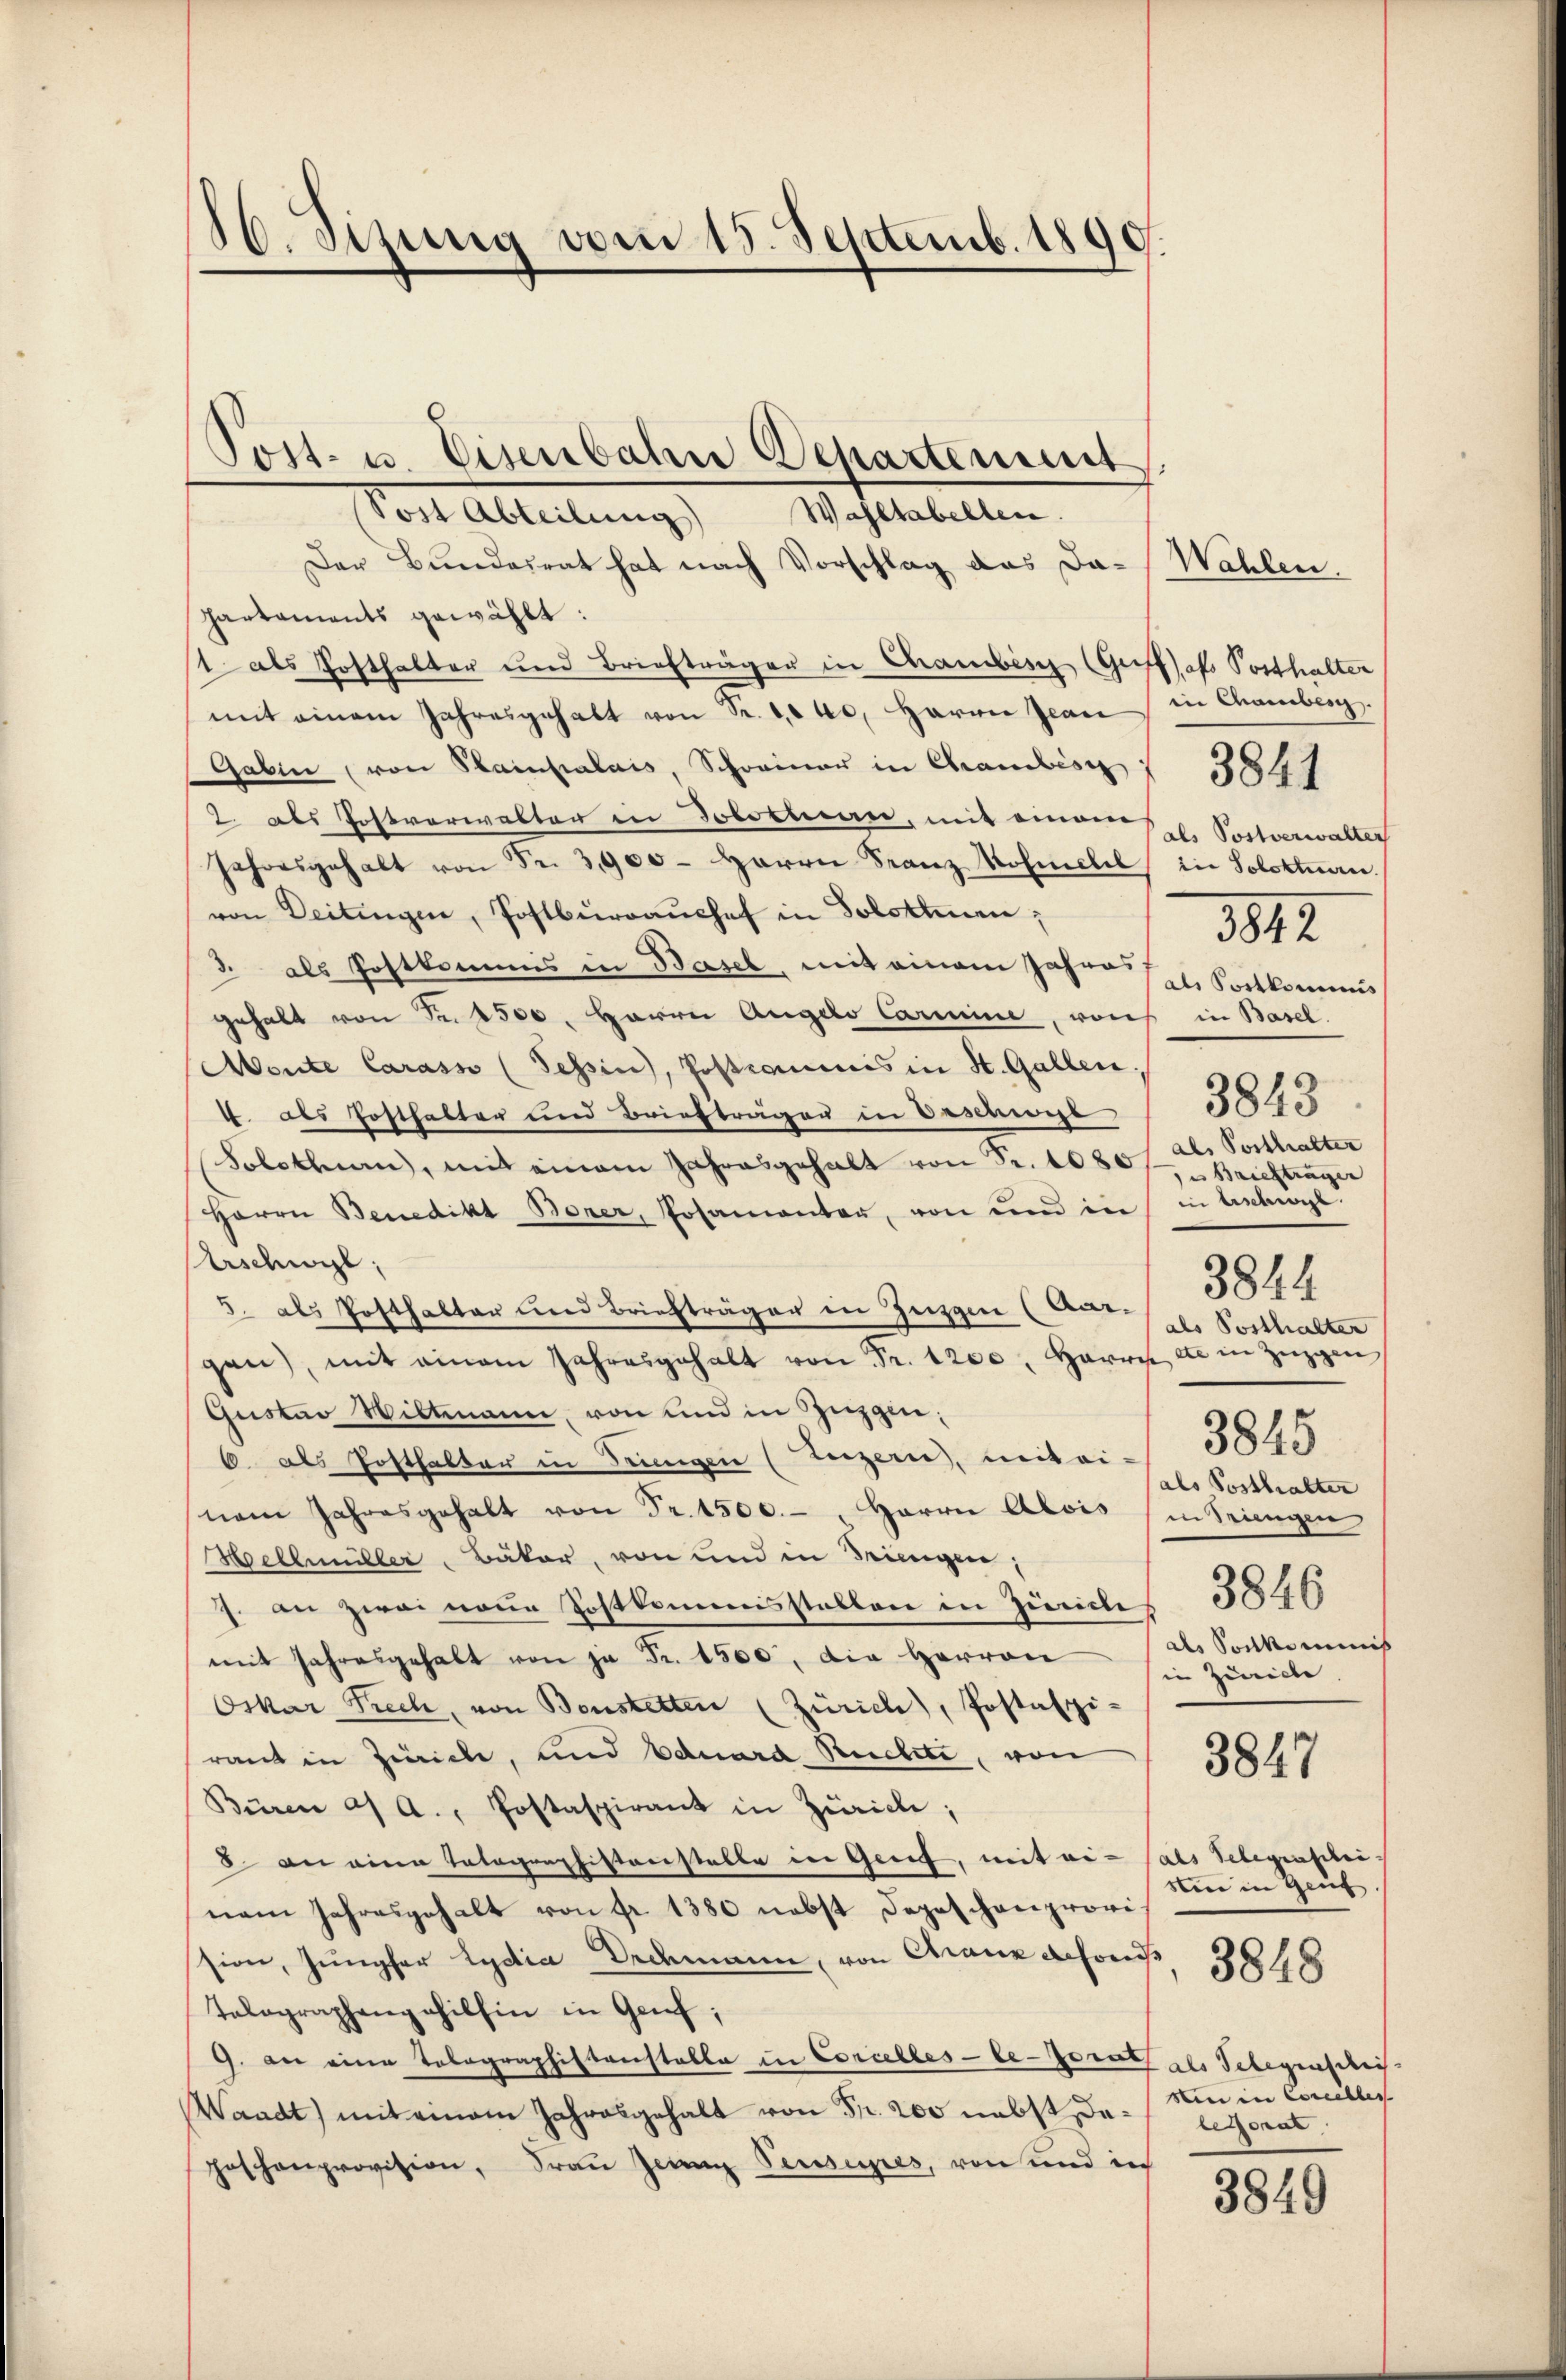
80. Stung vom 15. Septemb. 1890.

Post- u. Eisenbahn Departement

Wahltabellen.
Post Abteilung
Der Bundesrat hat nach Vorschlag das Da-Wahlen.
partaments gewählt:
t als Posthalter und Briefträger in Chambisch (Griffsofs Posthalter
mit einem Jahresgehalt von Sr. 1040. Harrer Jean in Chamberg.
Gaben (von Stainpalais, Schreiner in Chrambisz 3841
2. als Postverwalter in Solothurn, mit einem Hr. Postverwalter
Jahresgehalt von Fr. 3,900 - Herrn Franz ohnell in Solotten.
von Deitungen, Postbüraŭchef in Solotten;
3 als Postkommis in Basel, mit einem Jahres
gehalt von Fr. 2500. Herrn Angelo Carmine, von in Basel
Monte Carass (Tessin, Jostromenis in St. Gallen.
1. als Posthalter und Briefträgen in Descenge
Solothur, mit einem Jahresgehalt von Fr. 10201 Al. Posthalter
Herrn Benedikt Borer, Posamanten, von und in
Aschwil
3. als Posthalter und Briefträger in Zuzgen (Aur-
gen), mit einem Jahresgehalt von Fr. 1200, Harre ce in Zügen
Gustav Wiltmann, von und in Zügen:
6. als Posthalter in Seinigen (Luzern, mit ei-
nem Jahresgehalt von Fr. 1500. - " Herrn Alois (in Singen
Hellmüller Bäker, von und in Bringen,
7. an zwei neue Zostkommisstellen in Züriches 5048
mit Jahresgehalt von je Fr. 1500, die Herren
Oskar Prech, von Bonstetten (Zürich), Postaspi-
raut in Zürich, und Eduard Rechte, von
Büren a. a., Postaspirant in Zürich;
8 an eine Totographistenstelle in Genf, mit ei- als Telegensteinem Jahresgehalt von fr. 1380 nebst Depeschenprovi-
sion, Jungfer Lydia Drdmann, von Chaux defonis
Tolographengehilhin in Genf;
9. an eine Tolographistenstalle in Corcelles-le-Gerat als Telegenschei
Waadt) mit einem Jahresgehalt von Fr. 200 nebst da legerat
geschenprovision, Frau Jean Pensupes, von und in

als Portkommis
e Briefträger
in Erschwyl.
3844
als Posthalter
3845
als Posthalter
als Pontkommis
in Zürich

3842

3843

3847

sten in Genf.

3848

sin in Cancelles

3849